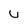
Character: U